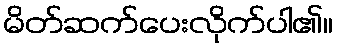
မိတ်ဆက်ပေးလိုက်ပါ၏။